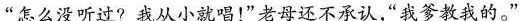
“怎么没听过?我从小就唱!”老母还不承认，我爹教我的。”